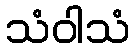
သံဝါသံ